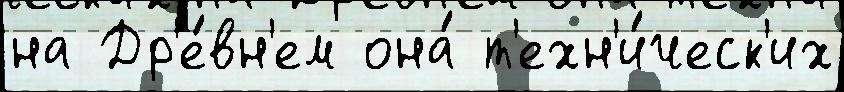
на Др'е́вн'ем она́ т'ехн'и́ческ'их